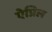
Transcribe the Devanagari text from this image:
ऐप्रिल